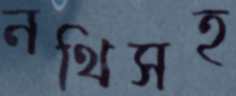
নথিসহ